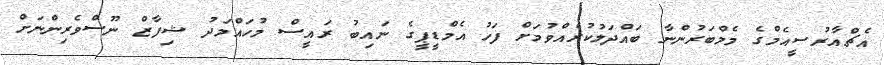
އެޗްއާރުސީއެމްގެ މެމްބަރުންނާ ބައްދަލުކުރެއްވުމަށް ފަހު އެމްޑީޕީގެ ނައިބު ރައީސް މުހައްމަދު ޝިފާޒް ނޫސްވެރިންނަށް